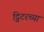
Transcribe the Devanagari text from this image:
ट्विटरच्या